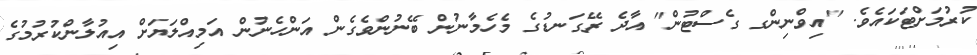
ކުރުމަށްޓަކައެވެ. "އިވްނިންގ ގެސްޓުން" އާދެ ރޭގަނޑުގެ މެހެމާނުން ބޭނުންވެގެން އަންހެނުން އަމިއްލަޔަށް އިއުލާންކުރުމުގެ